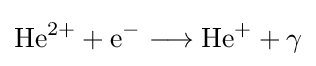
\mathrm {He} ^{2+}+\mathrm {e} ^{-}\longrightarrow \mathrm {He} ^{+}+\gamma